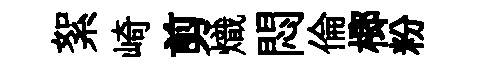
絮崎剪熾悶倫榔粉